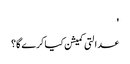
'
عدالتی کمیشن کیا کرے گا؟